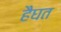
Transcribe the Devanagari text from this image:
हैघत